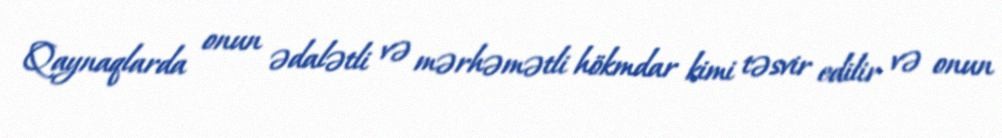
Qaynaqlarda onun ədalətli və mərhəmətli hökmdar kimi təsvir edilir və onun